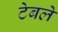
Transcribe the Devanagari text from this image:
टेबले